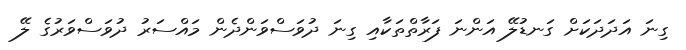
ގިނަ އަދަދަކަށް ގަނޑުލޭ އަންނަ ފަރާތްތަކާއި ގިނަ ދުވަސްވަންދެން މައްސަރު ދުވަސްވަރުގެ ލޭ